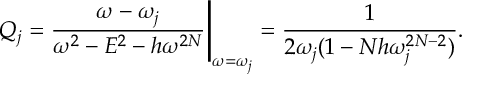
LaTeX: Q _ { j } = { \frac { \omega - \omega _ { j } } { \omega ^ { 2 } - E ^ { 2 } - h \omega ^ { 2 N } } } \Bigg | _ { \omega = \omega _ { j } } = { \frac { 1 } { 2 \omega _ { j } ( 1 - N h \omega _ { j } ^ { 2 N - 2 } ) } } .